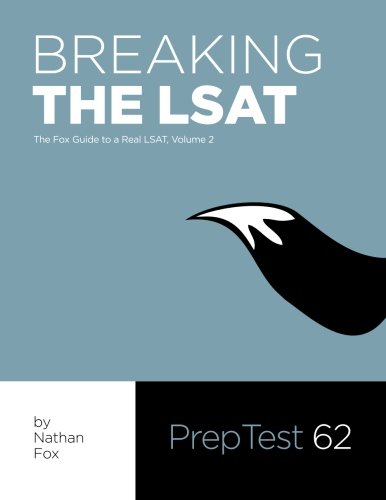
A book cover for Breaking the LSAT:  The Fox Test Prep Guide to a Real LSAT, Volume 2; Nathan Fox; Test Preparation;